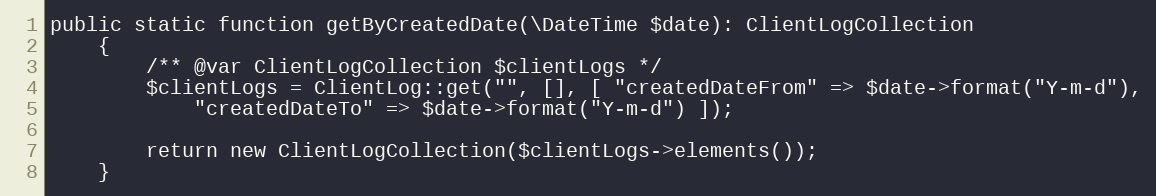
Language: PHP
public static function getByCreatedDate(\DateTime $date): ClientLogCollection
    {
        /** @var ClientLogCollection $clientLogs */
        $clientLogs = ClientLog::get("", [], [ "createdDateFrom" => $date->format("Y-m-d"),
            "createdDateTo" => $date->format("Y-m-d") ]);

        return new ClientLogCollection($clientLogs->elements());
    }